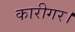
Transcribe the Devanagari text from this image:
कारीगर।